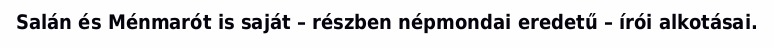
Salán és Ménmarót is saját – részben népmondai eredetű – írói alkotásai.